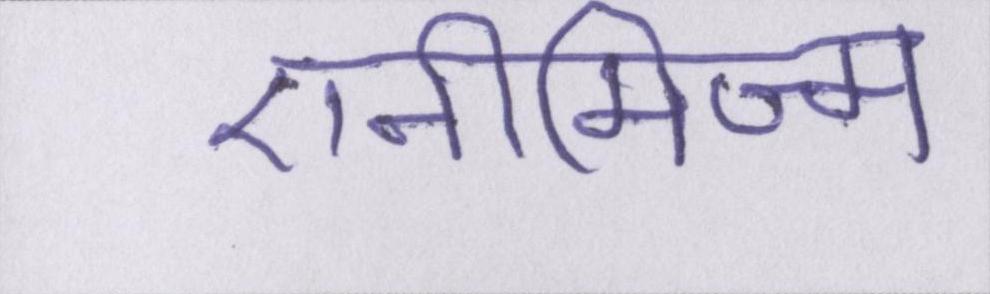
एनीमिज्म